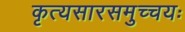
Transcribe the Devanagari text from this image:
कृत्यसारसमुच्चयः